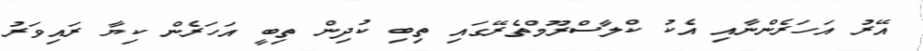
އޭރު އަހަރެންނާއި އެކު ކްލާސްރޫމްތެރޭގައި ތިބި ކުދިން ތިބީ އަހަރެން ކިޔާ ރައިވަރު